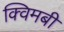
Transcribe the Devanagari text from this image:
क्विमबी